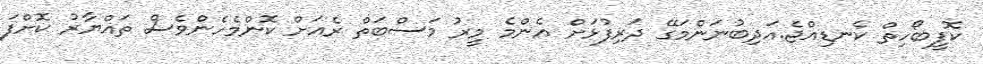
ކޮފީބޯހިތް ކެނޑިއްޖެ.އަދިބުނަންމަގޭ ދަރިފުޅަށް އެންމެ މީރު މަސްބަތް ރެއަށް ކޮންމެހެންވެސް ތައްޔާރު ކޮށްފަ